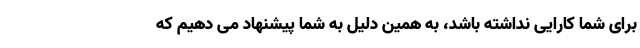
برای شما کارایی نداشته باشد، به همین دلیل به شما پیشنهاد می دهیم که